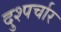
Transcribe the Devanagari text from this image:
दुश्पर्चार